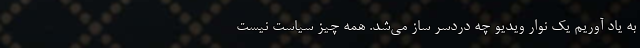
به یاد آوریم یک نوار ویدیو چه دردسر ساز می‌شد. همه چیز سیاست نیست